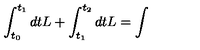
\int _ { t _ { 0 } } ^ { t _ { 1 } } d t L + \int _ { t _ { 1 } } ^ { t _ { 2 } } d t L = \int